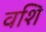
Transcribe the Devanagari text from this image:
वशि